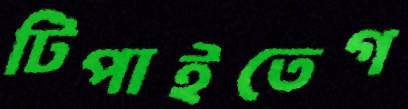
টিপাইতেগ